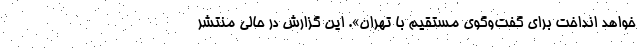
خواهد انداخت برای گفت‌وگوی مستقیم با تهران». این گزارش در حالی منتشر